Vaccination in Bombay 1889-1901 - 1889-1901
Year: 1889
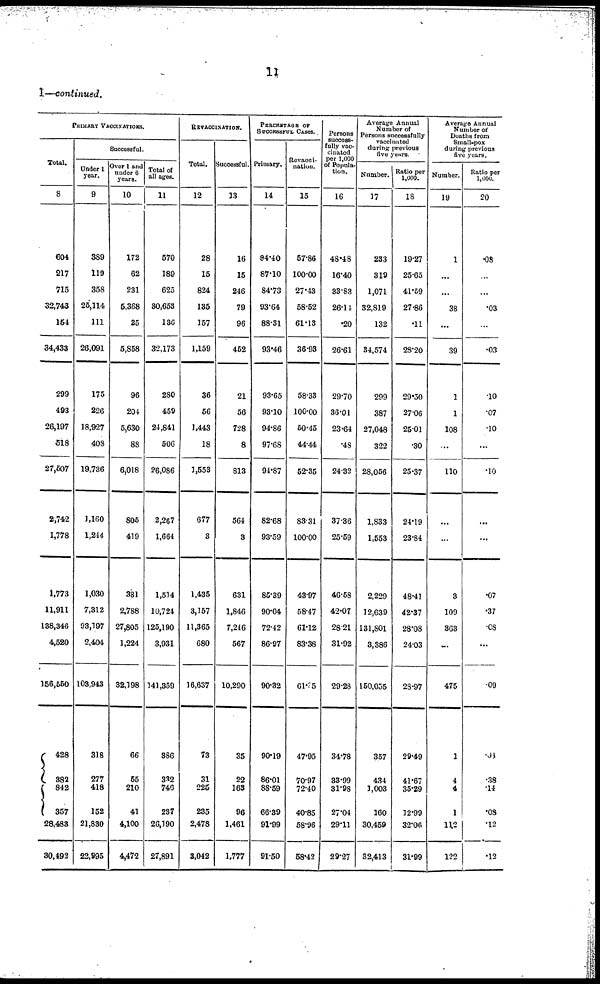
11
I—continued.
PRIMARY VACCINATIONS.
Total.
8
601
217
715
32,743
164
34,433
299
493
26,197
518
27,507
2,742
1,778
1,773
11,911
138,346
4,520
156,550
428
382
842
357
28,483
30,492
Successful.
Under 1
year.
9
389
119
358
25,114
111
26,091
175
226
18,927
408
19,736
1,160
1,244
1,030
7,312
93,197
2,404
103,943
318
277
418
152
21,830
22,995
Over 1 and
under 6
years.
10
172
62
231
5,368
25
5,858
96
204
5,630
88
6,018
805
419
381
2,788
27,805
1,224
32,198
66
55
210
41
4,100
4,472
Total of
all ages.
11
570
189
625
30,653
136
32,173
280
459
24,841
506
26,086
2,267
1,664
1,514
10,724
125,190
3,931
141,359
386
332
746
237
26,190
27,891
REVACCINATION.
Total.
12
28
15
824
135
157
1,159
36
56
1,443
18
1,553
677
3
1,435
3,157
11,365
680
16,637
73
31
225
235
2,478
3,042
Successful.
13
16
15
246
79
96
452
21
56
728
8
813
564
3
631
1,846
7,246
567
10,290
35
22
163
96
1,461
1,777
PERCENTAGE OF
SUCCESSFUL CASES.
Primary.
14
94.40
87.10
84.73
93.64
88.31
93.46
93.65
93.10
94.86
97.68
94.87
82.68
93.59
85.39
90.04
72.42
86.97
90.32
90.19
86.01
88.59
66.39
91.99
91.50
Revacci-
nation.
15
57.86
100.00
27.43
58.52
61.13
36.93
58.33
100.00
50.45
44.44
52.35
83.31
100.00
43.97
58.47
61.12
83.38
61.35
47.95
70.97
72.40
40.85
58.96
58.42
Persons
success-
fully vac-
cinated
per 1,000
of Popula-
tion.
16
48.48
16.40
33.83
26.14
.20
26.61
29.70
36.01
23.64
.48
24.32
37.36
25.59
46.58
42.07
28.21
31.92
29.28
34.78
33.99
31.98
27.04
29.11
29.27
Average Annual
Number of
Persons successfully
vaccinated
during previous
five years.
Number.
17
233
319
1,071
32,819
132
34,574
299
387
27,048
322
28,056
1,833
1,553
2,229
12,639
131,801
3,386
150,055
357
434
1,003
160
30,459
32,413
Ratio per
1,000.
18
19.27
25.65
41.59
27.86
.11
28.20
29.50
27.06
25.01
.30
25.37
24.19
23.84
48.41
42.37
28.08
24.03
28.97
29.49
41.67
35.29
12.99
32.06
31.99
Average Annual
Number of
Deaths from
Small-pox
during previous
five years.
Number.
19
1
...
...
38
...
39
1
1
108
...
110
...
...
3
109
363
...
475
1
4
4
1
112
122
Ratio per
1,000.
20
.08
...
...
.03
...
.03
10
.07
.10
...
.10
...
...
.07
.37
.08
...
.09
.08
.38
.14
.08
.12
.12